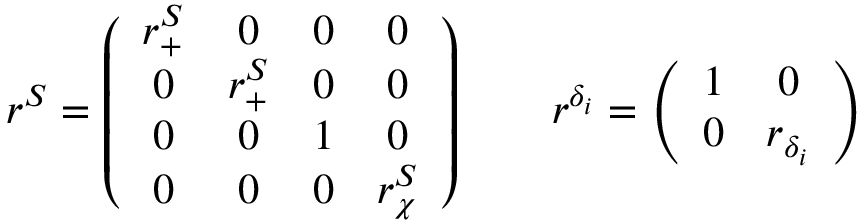
r ^ { S } = \left( \begin{array} { c c c c } { { r _ { + } ^ { S } } } & { { 0 } } & { { 0 } } & { { 0 } } \\ { { 0 } } & { { r _ { + } ^ { S } } } & { { 0 } } & { { 0 } } \\ { { 0 } } & { { 0 } } & { { 1 } } & { { 0 } } \\ { { 0 } } & { { 0 } } & { { 0 } } & { { r _ { \chi } ^ { S } } } \end{array} \right) \qquad r ^ { \delta _ { i } } = \left( \begin{array} { c c } { { 1 } } & { { 0 } } \\ { { 0 } } & { { r _ { \delta _ { i } } } } \end{array} \right)